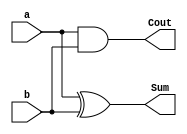
module HA(a, b, Sum, Cout);

input a, b; // a and b are inputs with size 1-bit
output Sum, Cout; // Sum and Cout are outputs with size 1-bit

assign Sum = a ^ b; 
assign Cout = a & b; 

endmodule